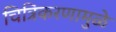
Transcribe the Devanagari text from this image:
चित्रिकरणामुळे